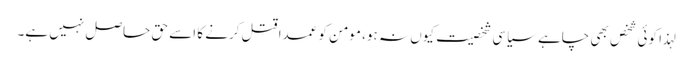
لہذا کوئی شخص بھی چاہے سیاسی شخصیت کیوں نہ ہو، مومن کو عمدا قتل کرنے کا اسے حق حاصل نہیں ہے۔